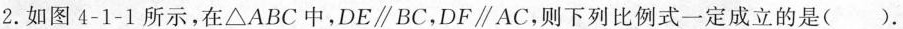
2.如图4-1-1所示，在\bigtriangleup ABC中，DE//BC，DF//AC，则下列比例式一定成立的是().